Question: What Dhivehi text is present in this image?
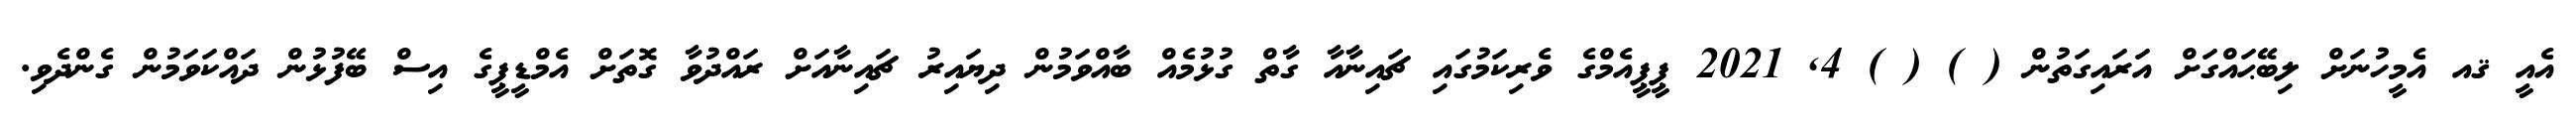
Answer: އެއީ ޤއ އެމީހުނަށް ލިބޭޙައްގަށް އަރައިގަތުން ( ) ( ) 4, 2021 ޕީޕީއެމްގެ ވެރިކަމުގައި ޗައިނާއާ ގާތް ގުޅުމެއް ބާއްވަމުން ދިޔައިރު ޗައިނާއަށް ރައްދުވާ ގޮތަށް އެމްޑީޕީގެ އިސް ބޭފުޅުން ދައްކަވަމުން ގެންދެވި.